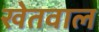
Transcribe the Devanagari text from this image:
खेतवाल